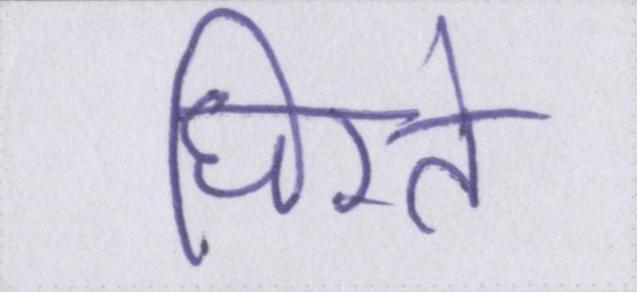
घिरते